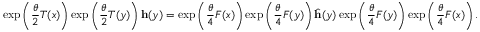
\exp \left( \frac { \theta } { 2 } T ( x ) \right) \exp \left( \frac { \theta } { 2 } T ( y ) \right) \mathbf { h } ( y ) = \exp \left( \frac { \theta } { 4 } F ( x ) \right) \exp \left( \frac { \theta } { 4 } F ( y ) \right) \hat { \mathbf { h } } ( y ) \exp \left( \frac { \theta } { 4 } F ( y ) \right) \exp \left( \frac { \theta } { 4 } F ( x ) \right) .